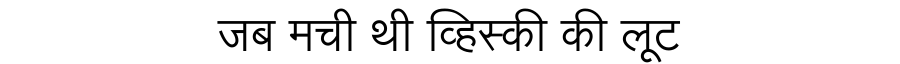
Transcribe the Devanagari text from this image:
जब मची थी व्हिस्की की लूट